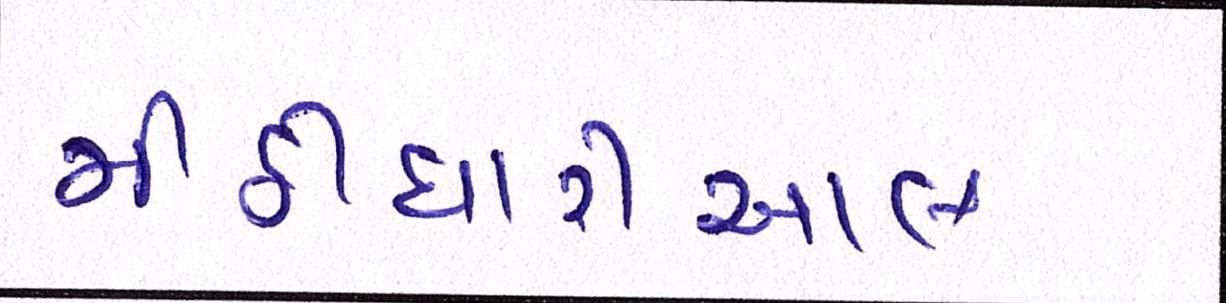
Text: મીઠીઘારીઆલ